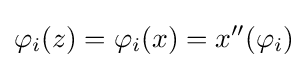
\varphi _{i}(z)=\varphi _{i}(x)=x^{\prime \prime }(\varphi _{i})